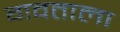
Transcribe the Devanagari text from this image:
गवताला